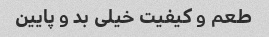
طعم و کیفیت خیلی بد و پایین